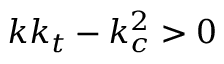
k k _ { t } - k _ { c } ^ { 2 } > 0